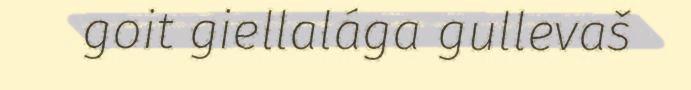
goit giellalága gullevaš